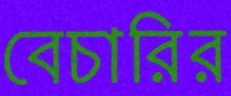
বেচারির